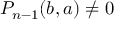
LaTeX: P _ { n - 1 } ( b , a ) \neq 0